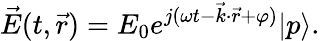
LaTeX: \vec{E}(t,\vec{r})=E_{0}e^{j(\omega t-\vec{k}\cdot\vec{r}+\varphi)}|p\rangle.